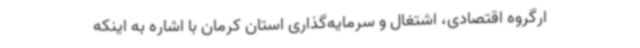
ارگروه اقتصادی، اشتغال و سرمایه‌گذاری استان کرمان با اشاره به اینکه